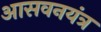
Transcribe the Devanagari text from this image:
आसवनयंत्र